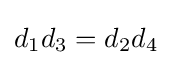
d_{1}d_{3}=d_{2}d_{4}